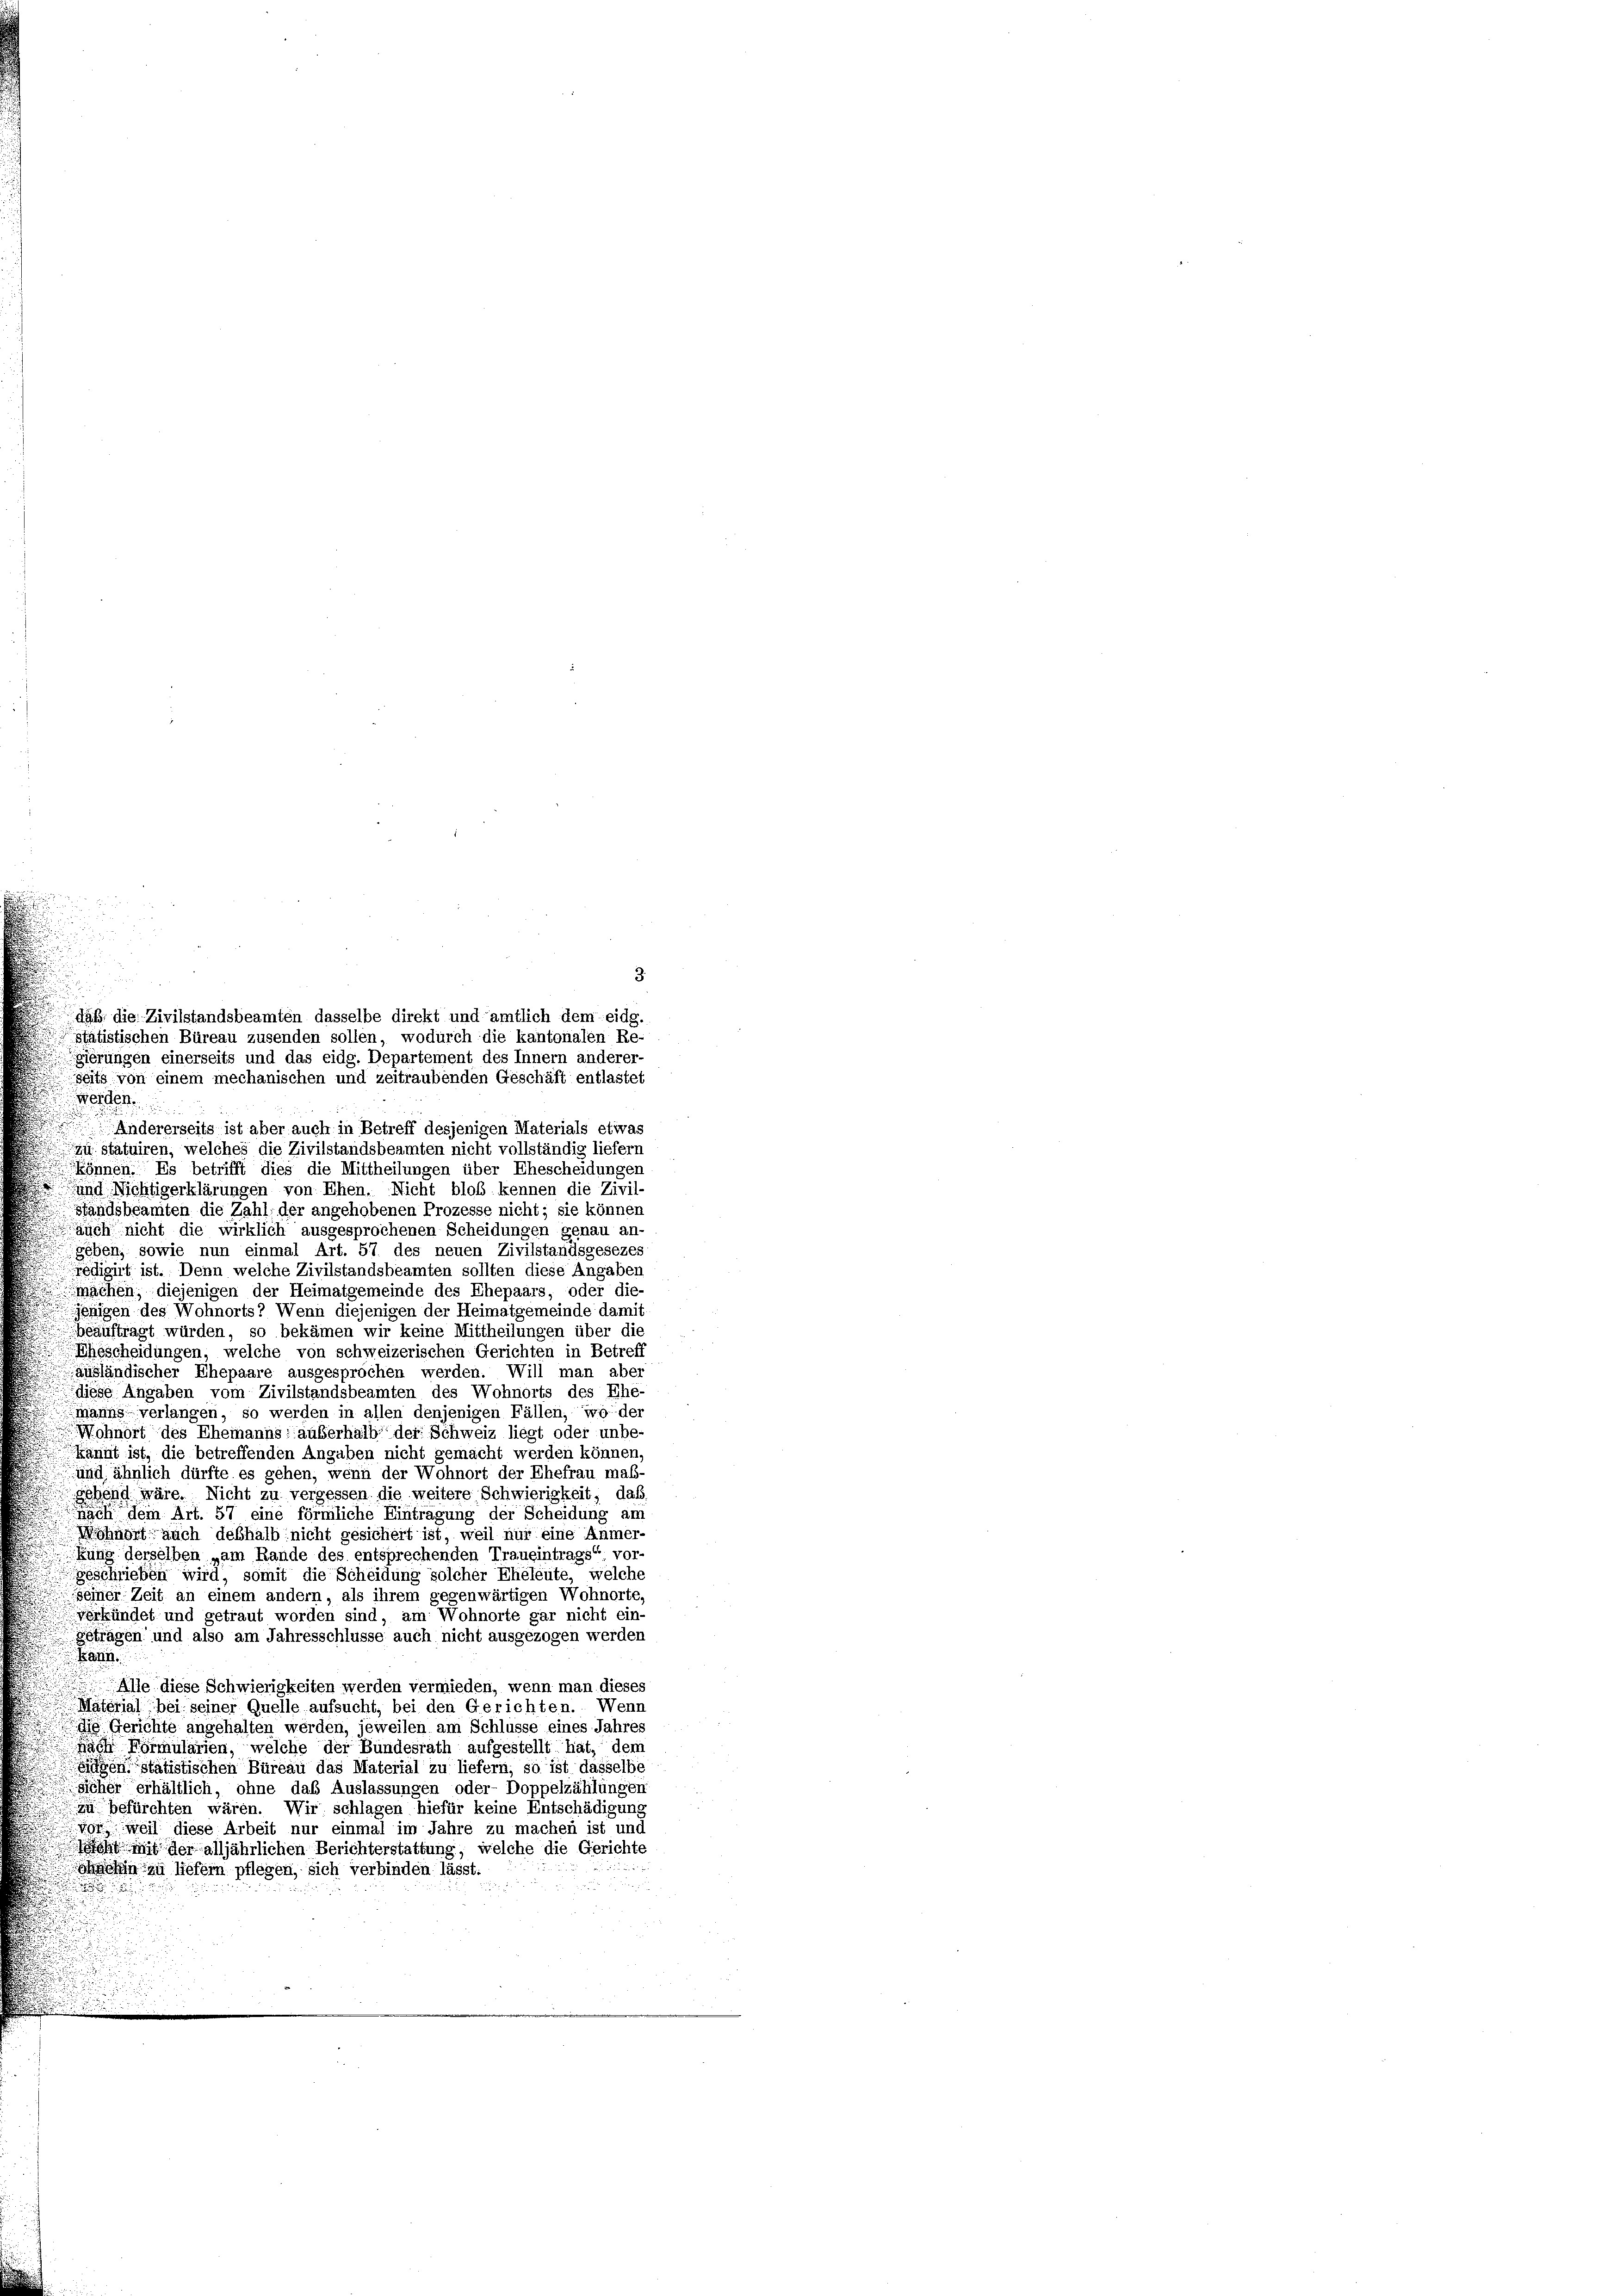
daß die Zivilstandsbeamten dasselbe direkt und amtlich dem eidg.
stätistischen Büreau zusenden sollen, wodurch die kantonalen Re-
gierungen einerseits und das eidg. Departement des Innern anderer-
seits von einem mechanischen und zeitraubenden Geschäft entlastet

3

e

.
Andererseits ist aber auch in Betreff desjenigen Materials etwas
zustatuiren, welches die Zivilstandsbeamten nicht vollständig liefern
Können. Es betrifft dies die Mittheilungen über Ehescheidungen
d und Nichtigerklärungen von Ehen. Nicht bloß kennen die Zivil-
standsbeamten die Zahl, der angehobenen Prozesse nicht; sie können
auch nicht die wirklich ausgesprochenen Scheidungen genau an-
geben, sowie nun einmal Art. 57 des neuen Zivilstandsgesezes
redigirt ist. Denn welche Zivilstandsbeamten sollten diese Angaben
machen, diejenigen der Heimatgemeinde des Ehepaars, oder die-
jenigen des Wohnorts? Wenn diejenigen der Heimatgemeinde damit
beauftragt würden, so bekämen wir keine Mittheilungen über die
Ehescheidungen, welche von schweizerischen Gerichten in Betreff
ausländischer Ehepaare ausgesprochen werden. Will man aber
diese Angaben vom Zivilstandsbeamten des Wohnorts des Ehe-
manns verlangen, so werden in allen denjenigen Fällen, wo der
Wohnort des Ehemanns: außerhalb der Schweiz liegt oder unbe-
kännt ist, die betreffenden Angaben nicht gemacht werden können,
und ähnlich dürfte es gehen, wenn der Wohnort der Ehefrau maß-
gebend wäre. Nicht zu vergessen die weitere Schwierigkeit, daß
sach dem Art. 57 eine förmliche Eintragung der Scheidung am
Wohnort auch deshalb nicht gesichert ist, weil nur eine Anmer-
Kung derselben „am Rande des entsprechenden Traueintrags“ vor
geschrieben wird, somit die Scheidung solcher Eheleute, welche
seiner Zeit an einem andern, als ihrem gegenwärtigen Wohnorte,
verkündet und getraut worden sind, am Wohnorte gar nicht ein-
getragen und also am Jahresschlüsse auch nicht ausgezogen werden
kann.
Alle diese Schwierigkeiten werden vermieden, wenn man dieses
Material bei seiner Quelle aufsucht, bei den Gerichten. Wenn
de Gerichte angehalten werden, jeweilen am Schlüsse eines Jahres
Nach Formularien, welche der Bundesrath aufgestellt hat, dem
sidienstatistischen Büreau das Material zu liefern, so ist dasselbe
sicher erhältlich, ohne das Auslassungen oder- Doppelzählungen
zu befürchten wären. Wir schlagen hiefür keine Entschädigung
vor weil diese Arbeit nur einmal im Jahre zu machen ist und
Jscht mit der alljährlichen Berichterstattung, welche die Gerichte
sohin zu liefern pflegen, sich verbinden lässt.
.